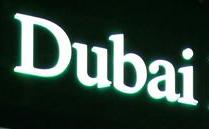
dubai